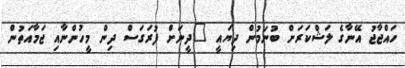
ހައްޖާޖު އޭނާގެ ލަޝްކަރަށް ބުނަމުން ދިޔައީ "ދީނަށް ފުރަގަސް ދިން މީހުންނާއި ޖަމާއަތުން